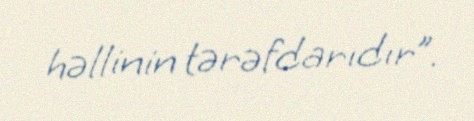
həllinin tərəfdarıdır”.